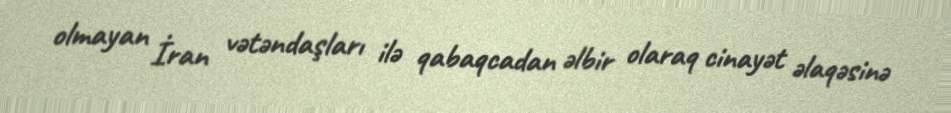
olmayan İran vətəndaşları ilə qabaqcadan əlbir olaraq cinayət əlaqəsinə